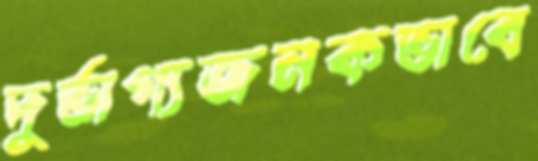
দুর্ভাগ্যজনকভাবে